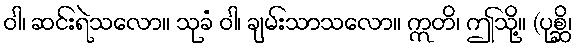
ဝါ၊ ဆင်းရဲသလော။ သုခံ ဝါ၊ ချမ်းသာသလော။ ဣတိ၊ ဤသို့။ (ပုစ္ဆိ၊